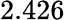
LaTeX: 2.426